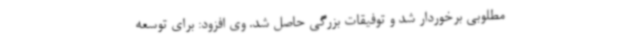
مطلوبی برخوردار شد و توفیقات بزرگی حاصل شد. وی افزود: برای توسعه